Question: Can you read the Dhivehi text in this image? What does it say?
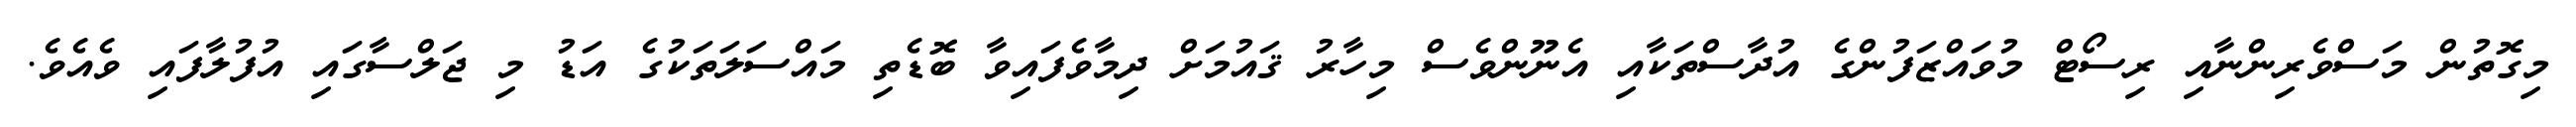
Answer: މިގޮތުން މަސްވެރިންނާއި ރިސޯޓް މުވައްޒަފުންގެ އުދާސްތަކާއި އެނޫންވެސް މިހާރު ޤައުމަށް ދިމާވެފައިވާ ބޮޑެތި މައްސަލަތަކުގެ އަޑު މި ޖަލްސާގައި އުފުލާފައި ވެއެވެ.